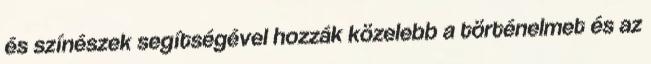
és színészek segítségével hozzák közelebb a történelmet és az